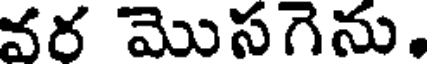
వర మొసగెను.